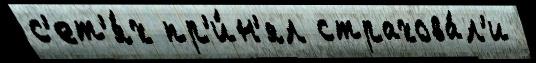
с'ет'я́х пр'и́н'ял страхова́л'и